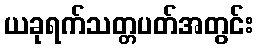
ယခုရက်သတ္တပတ်အတွင်း